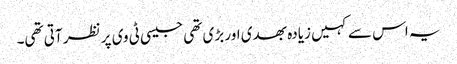
یہ اس سے کہیں زیادہ بھدی اور بڑی تھی جیسی ٹی وی پر نظر آتی تھی۔